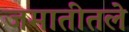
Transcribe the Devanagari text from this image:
जमातीतले